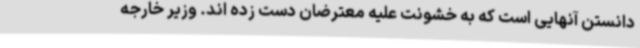
دانستن آنهایی است که به خشونت علیه معترضان دست زده اند. وزیر خارجه